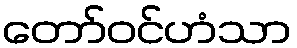
တော်ဝင်ဟံသာ